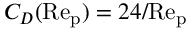
C _ { D } ( \mathrm { R e _ { p } } ) = 2 4 / \mathrm { R e _ { p } }